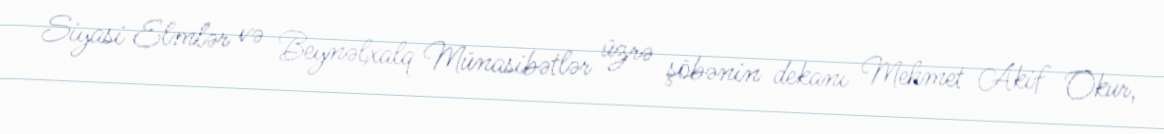
Siyasi Elmlər və Beynəlxalq Münasibətlər üzrə şöbənin dekanı Mehmet Akif Okur,